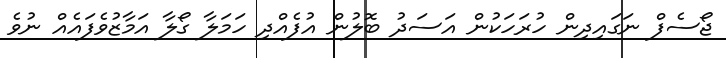
ޖޯސެފް ނަގައިދިން ހުރަހަކުން އަސަދު ބޮލުން އުފެއްދި ހަމަލާ ގޯލާ އަމާޒުވެފައެއް ނުވެ